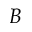
B